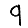
Digit: 9